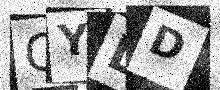
Text: GYLD